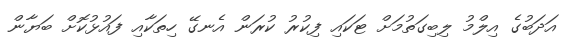
އަދަބުގެ އިލްމު ލިބިގަތުމަށް ޓަކައި ފިކުރު ކުރަން އެނގޭ ހިތަކާއި ފައުޅުކޮށް ބަޔާން